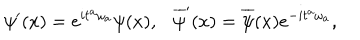
{ \psi } ^ { \prime } ( x ) = e ^ { i { t } ^ { a } { \omega } _ { a } } { \psi } ( x ) , \ \ \ \overline { { { \psi } } } ^ { \prime } ( x ) = \overline { { { \psi } } } ( x ) e ^ { - i { t } ^ { a } { \omega } _ { a } } ,